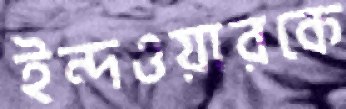
ইন্দওয়ারকে